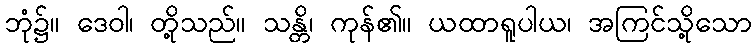
ဘုံ၌။ ဒေဝါ၊ တို့သည်။ သန္တိ၊ ကုန်၏။ ယထာရူပါယ၊ အကြင်သို့သော